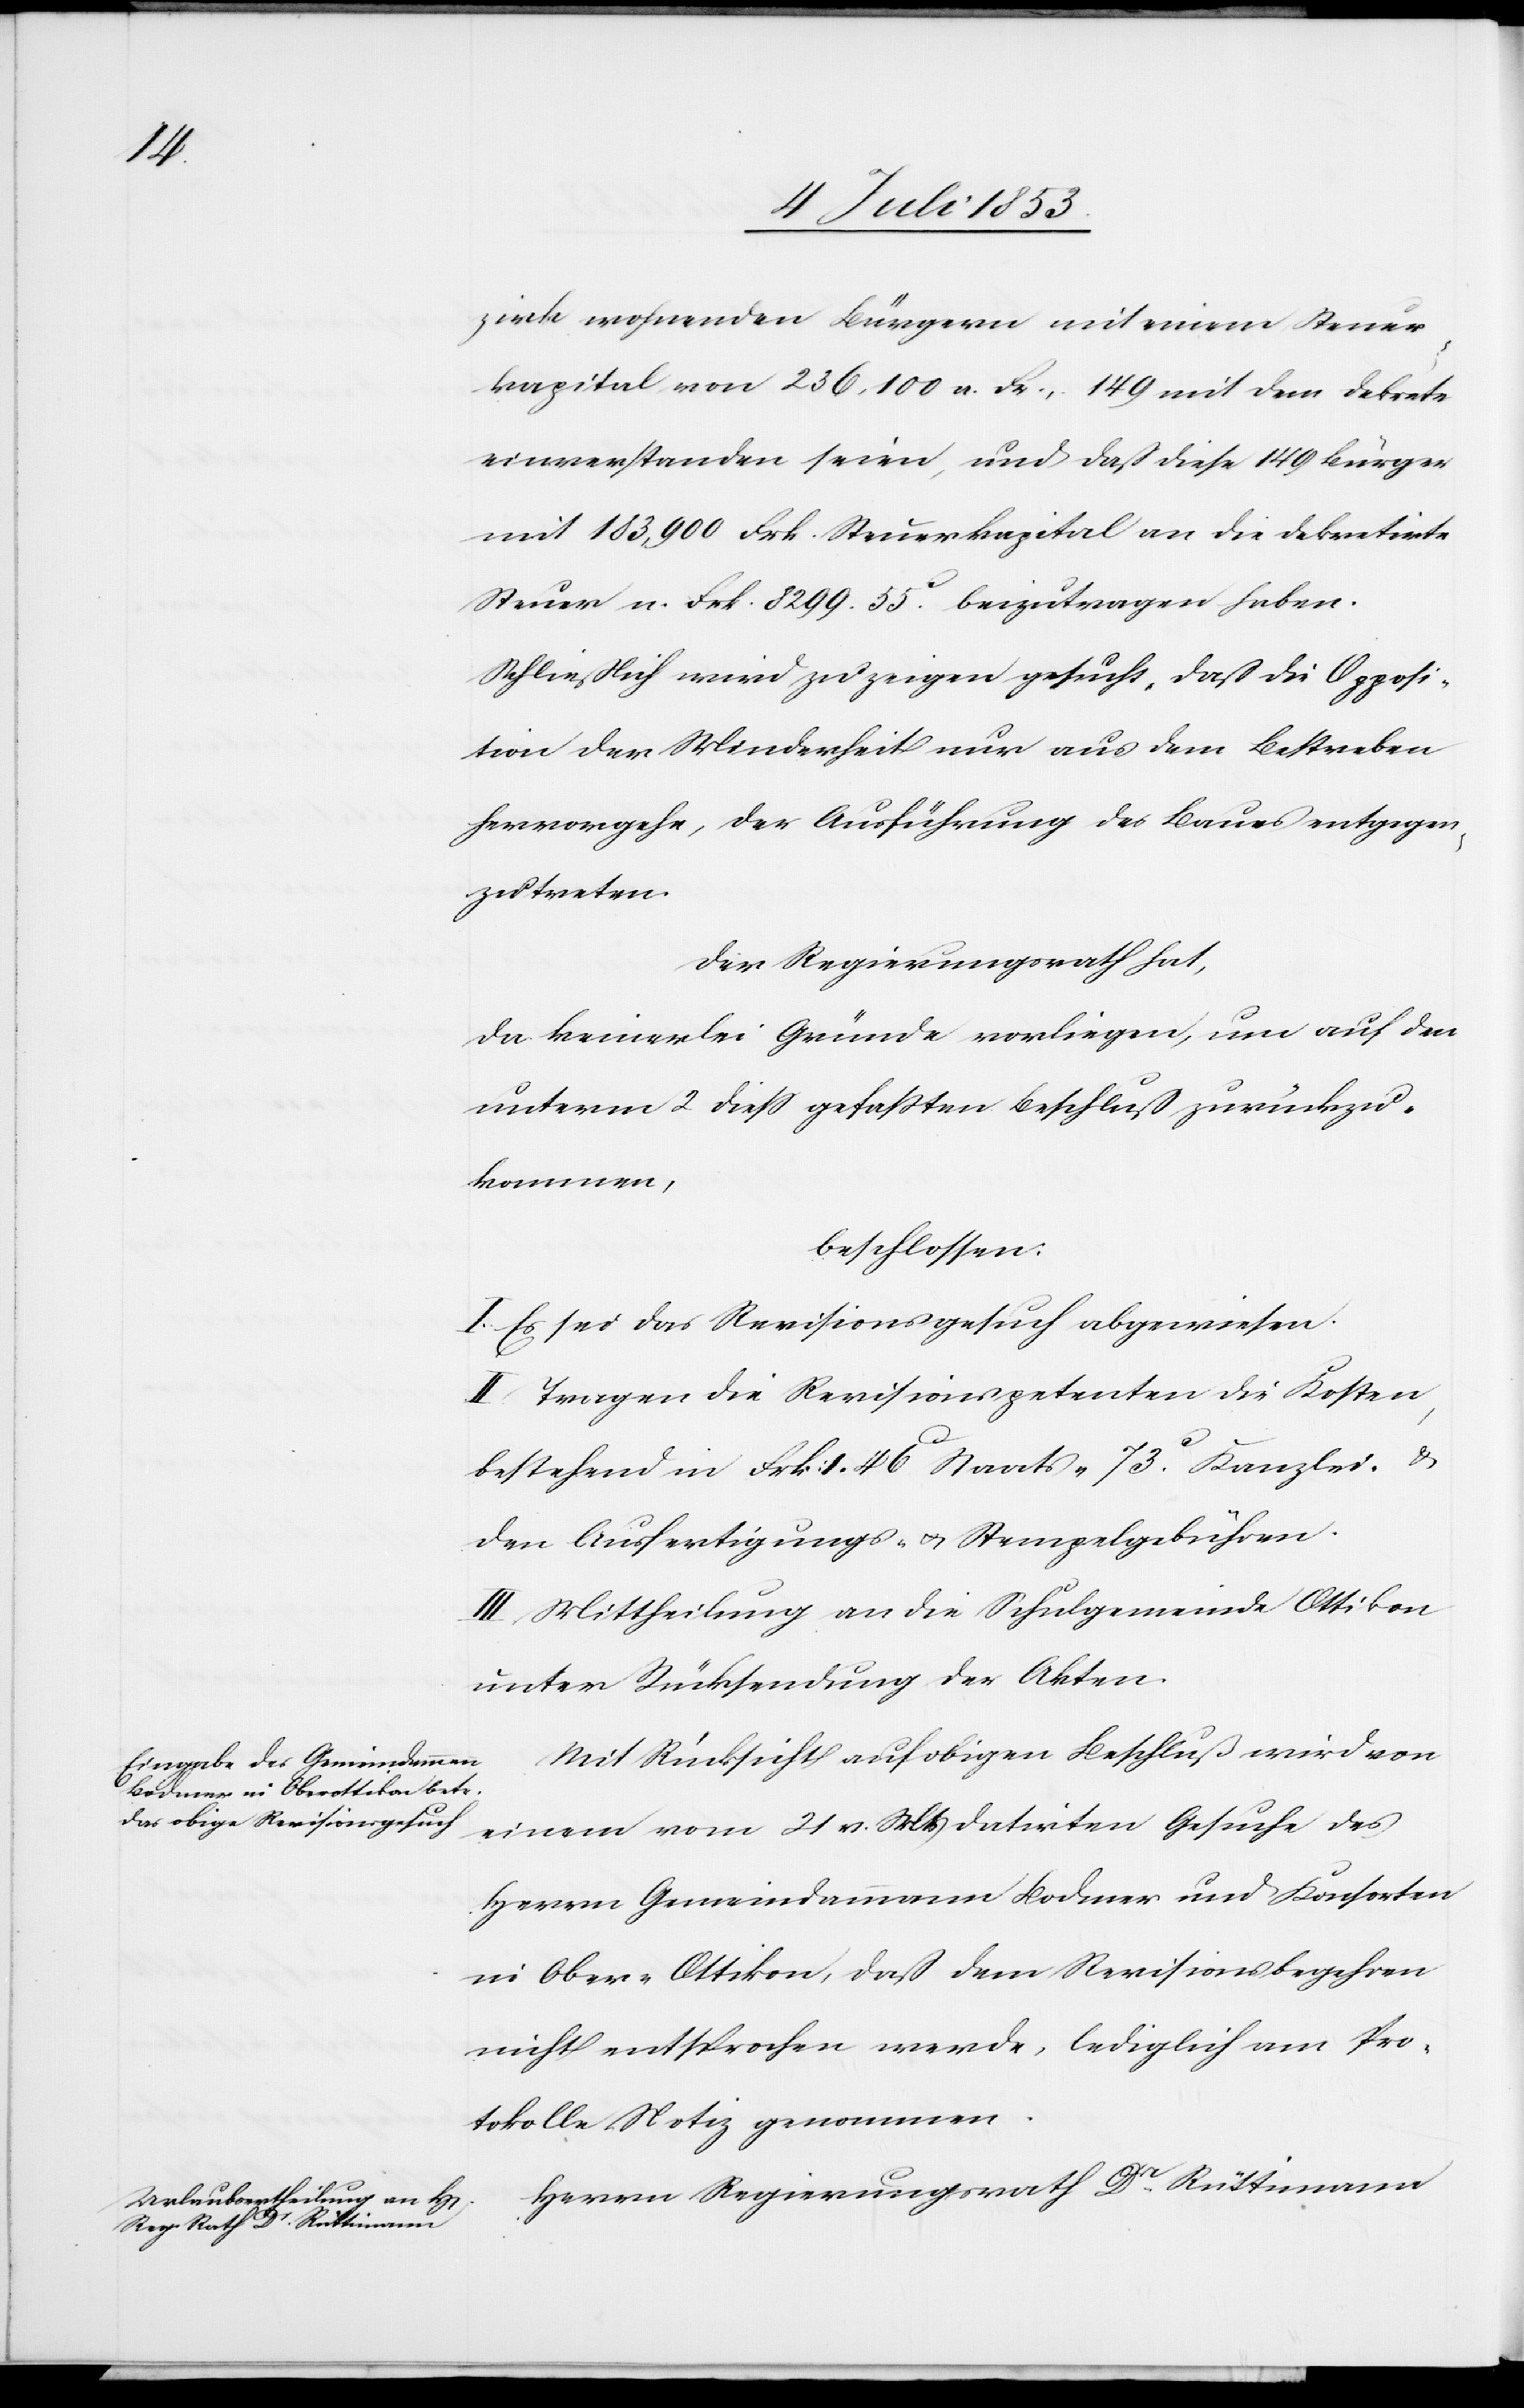
be¬

zirke wohnenden Bürgern mit einem Steuer¬
kapital von 236,100 n. Fr., 149 mit dem Dekrete
einverstanden seien, und daß diese 149 Bürger
mit 183,900 Frk. Steuerkapital an die dekretirte
Steuer n. Frk. 8299.55c beizutragen haben.
Schließlich wird zu zeigen gesucht, daß die Opposi¬
tion der Minderheit nur aus dem Bestreben
hervorgehe, der Ausführung des Baues entgegen¬
zutreten.
Der Regierungsrath hat,
da keinerlei Gründe vorliegen, um auf den
unterm 2 dieß gefaßten Beschluß zurückzu¬
kommen,
beschloßen:
I. Es sei das Revisionsgesuch abzuweisen.
II. Tragen die Revisionspetenten die Kosten,
bestehend in Frk. 1.46c Staats- 73c Kanzlei- u.
den Ausfertigungs- u. Stempelgebühren.
III. Mittheilung an die Schulgemeinde Ottikon
unter Rücksendung der Akten.
Mit Rücksicht auf obigen Beschluß wird von
einem vom 21 v. Mts. datirten Gesuche des
Herrn Gemeindammann Bodmer und Konsorten
in Ober-Ottikon, daß dem Revisionsbegehren
nicht entsprochen werde, lediglich am Pro¬
tokoll Notiz genommen.
Herrn Regierungsrath Dr Rüttimann